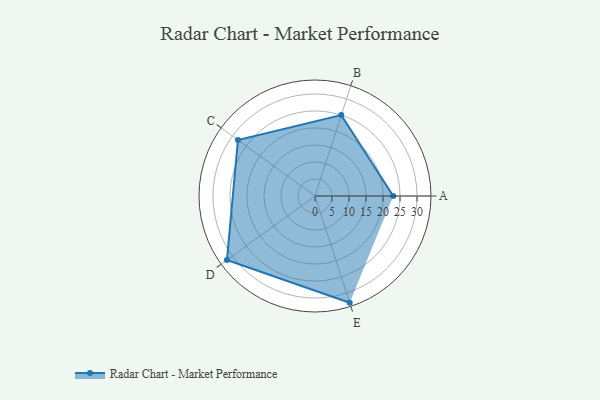
{"axis": {"x": "Skill", "y": "Score"}, "legend": ["Profile"], "data": [{"x": "A", "y": 23.0, "type": "Profile"}, {"x": "B", "y": 25.0, "type": "Profile"}, {"x": "C", "y": 28.0, "type": "Profile"}, {"x": "D", "y": 32.0, "type": "Profile"}, {"x": "E", "y": 33.0, "type": "Profile"}]}